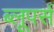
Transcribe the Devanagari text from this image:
ब्लूपर्स